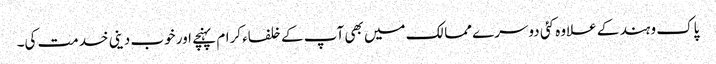
پاک و ہند کے علاوہ کئی دوسرے ممالک میں بھی آپ کے خلفاء کرام پہنچے اور خوب دینی خدمت کی۔